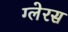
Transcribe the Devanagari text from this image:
ग्लेरस